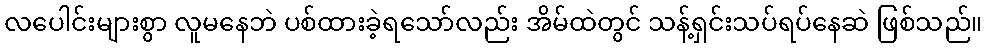
လပေါင်းများစွာ လူမနေဘဲ ပစ်ထားခဲ့ရသော်လည်း အိမ်ထဲတွင် သန့်ရှင်းသပ်ရပ်နေဆဲ ဖြစ်သည်။